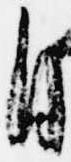
自